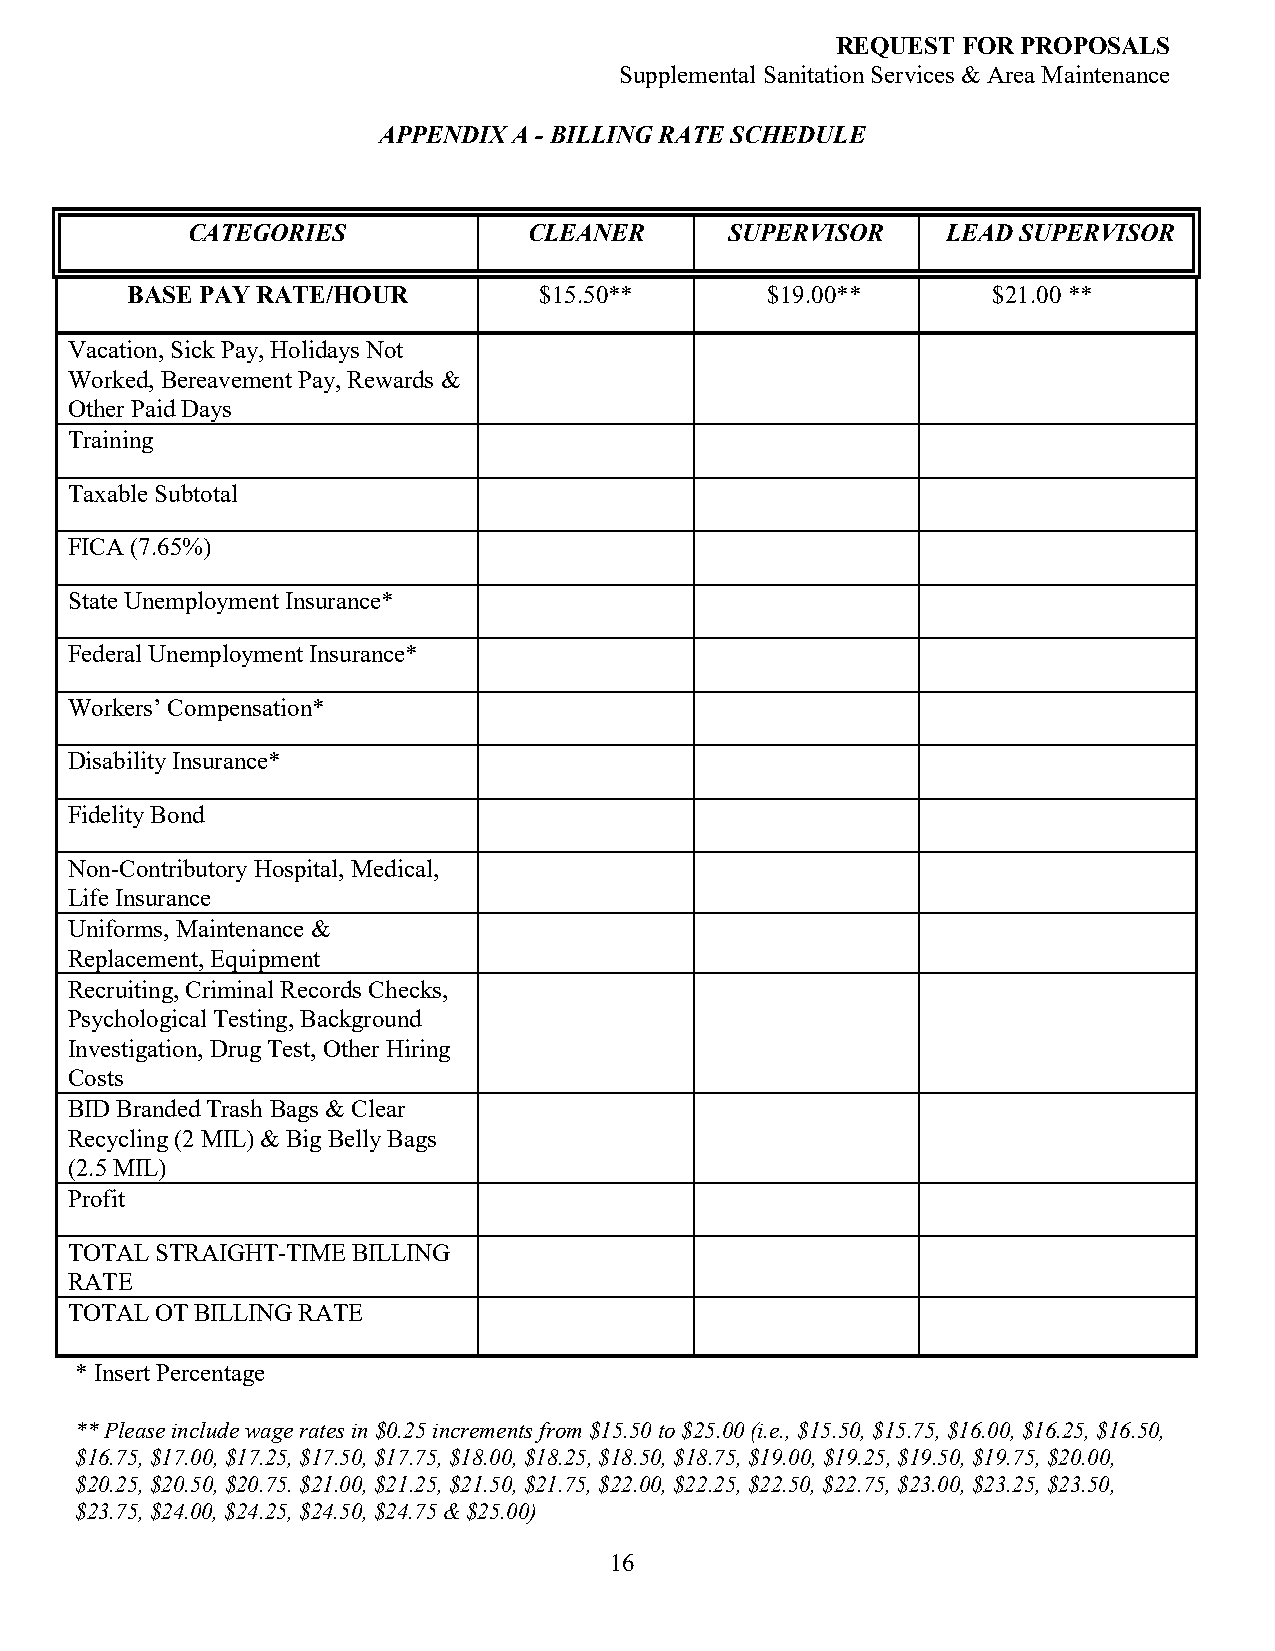
REQUEST  FOR PROPOSALS
 Supplemental Sanitation Services & Area Maintenance
 APPENDIX A - BILLING RATE SCHEDULE
 CATEGORIES             CLEANER      SUPERVISOR     LEAD SUPERVISOR
 BASE PAY RATE/HOUR          $15.50**       $19.00**       $21.00 **
 Vacation, Sick Pay, Holidays Not
 Worked, Bereavement Pay, Rewards &
 Other Paid Days
 Training
 Taxable Subtotal
 FICA (7.65%)
 State Unemployment Insurance*
 Federal Unemployment Insurance*
 Workers’ Compensation*
 Disability Insurance*
 Fidelity Bond
 Non-Contributory Hospital, Medical,
 Life Insurance
 Uniforms, Maintenance &
 Replacement, Equipment
 Recruiting, Criminal Records Checks,
 Psychological Testing, Background
 Investigation, Drug Test, Other Hiring
 Costs
 BID Branded Trash Bags & Clear
 Recycling (2 MIL) & Big Belly Bags
 (2.5 MIL)
 Profit
 TOTAL STRAIGHT-TIME BILLING
 RATE
 TOTAL OT BILLING RATE
 * Insert Percentage
 ** Please include wage rates in $0.25 increments from $15.50 to $25.00 (i.e., $15.50, $15.75, $16.00, $16.25, $16.50,
 $16.75, $17.00, $17.25, $17.50, $17.75, $18.00, $18.25, $18.50, $18.75, $19.00, $19.25, $19.50, $19.75, $20.00,
 $20.25, $20.50, $20.75. $21.00, $21.25, $21.50, $21.75, $22.00, $22.25, $22.50, $22.75, $23.00, $23.25, $23.50,
 $23.75, $24.00, $24.25, $24.50, $24.75 & $25.00)
 16